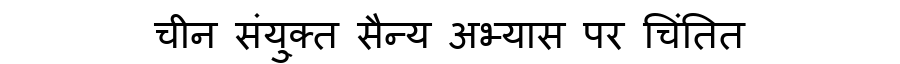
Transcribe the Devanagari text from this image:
चीन संयु्क्त सैन्य अभ्यास पर चिंतित